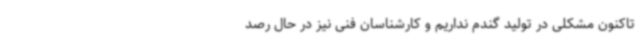
تاکنون مشکلی در تولید گندم نداریم و کارشناسان فنی نیز در حال رصد